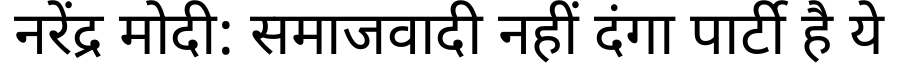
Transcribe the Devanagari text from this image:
नरेंद्र मोदी: समाजवादी नहीं दंगा पार्टी है ये